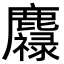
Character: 䴪